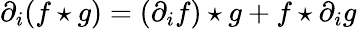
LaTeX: \partial_{i}(f\star g)=(\partial_{i}f)\star g+f\star\partial_{i}g